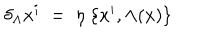
\delta _ { \Lambda } x ^ { i } \; = \; \eta \; \{ x ^ { i } , \Lambda ( x ) \}